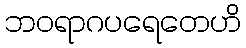
ဘဝရာဂပရေတေဟိ